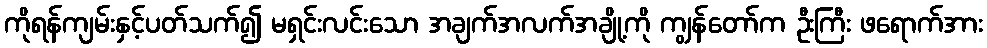
ကိုရန်ကျမ်းနှင့်ပတ်သက်၍ မရှင်းလင်းသော အချက်အလက်အချို့ကို ကျွန်တော်က ဦးကြီး ဖရောက်အား